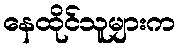
နေထိုင်သူများက